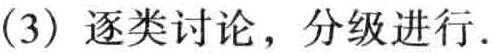
(3) 逐类讨论，分级进行.